画像に写った文字を読んでください
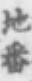
「地番」と書いてあります